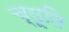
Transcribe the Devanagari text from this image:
च्यूति